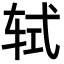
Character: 轼